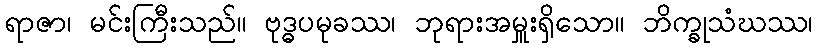
ရာဇာ၊ မင်းကြီးသည်။ ဗုဒ္ဓပမုခဿ၊ ဘုရားအမှူးရှိသော။ ဘိက္ခုသံဃဿ၊